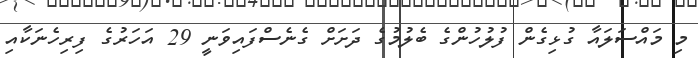
މި މައްސަލައާ ގުޅިގެން ފުލުހުންގެ ބެލުމުގެ ދަށަށް ގެނެސްފައިވަނީ 29 އަހަރުގެ ފިރިހެނަކާއި